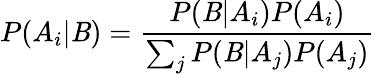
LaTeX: P(A_{i}|\mathit{B})={\frac{{P(\mathit{B}|A_{i})P(A_{i})}}{{\sum_{j}{P(\mathit{B}|A_{j})P(A_{j})}}}}